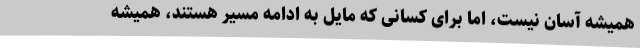
همیشه آسان نیست، اما برای کسانی که مایل به ادامه مسیر هستند، همیشه